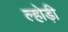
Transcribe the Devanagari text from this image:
ल्होड़ी